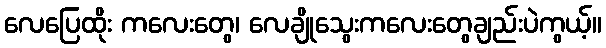
လေပြေထိုး ကလေးတွေ၊ လေချိုသွေးကလေးတွေချည်းပဲကွယ့်။